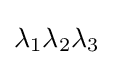
\lambda _{1}\lambda _{2}\lambda _{3}